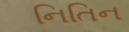
નિતિન